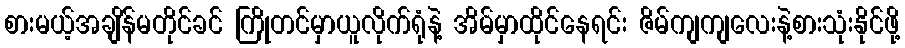
စားမယ့်အချိန်မတိုင်ခင် ကြိုတင်မှာယူလိုက်ရုံနဲ့ အိမ်မှာထိုင်နေရင်း ဇိမ်ကျကျလေးနဲ့စားသုံးနိုင်ဖို့